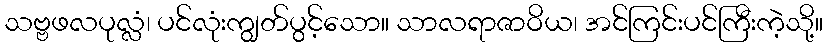
သဗ္ဗဖလပုလ္လံ၊ ပင်လုံးကျွတ်ပွင့်သော။ သာလရာဇာဝိယ၊ အင်ကြင်းပင်ကြီးကဲ့သို့။